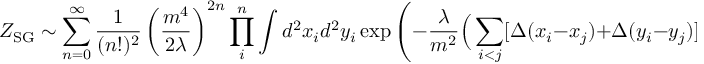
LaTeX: Z _ { \mathrm { S G } } \sim \sum _ { n = 0 } ^ { \infty } \frac { 1 } { ( n ! ) ^ { 2 } } \left( \frac { m ^ { 4 } } { 2 \lambda } \right) ^ { 2 n } \prod _ { i } ^ { n } \int d ^ { 2 } x _ { i } d ^ { 2 } y _ { i } \exp \Bigg ( - \frac { \lambda } { m ^ { 2 } } \Big ( \sum _ { i < j } [ \Delta ( x _ { i } - x _ { j } ) + \Delta ( y _ { i } - y _ { j } ) ] - \sum _ { i , j } \Delta ( x _ { i } - y _ { j } ) \Big ) \Bigg ) .